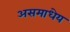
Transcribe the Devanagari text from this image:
असमाधेय